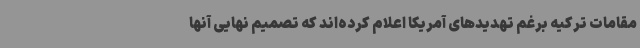
مقامات ترکیه برغم تهدیدهای آمریکا اعلام کرده‌اند که تصمیم نهایی آنها